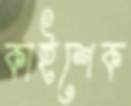
কাইশেক